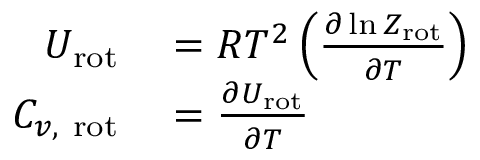
\begin{array} { r l } { U _ { \mathrm { r o t } } } & { { } = R T ^ { 2 } \left( { \frac { \partial \ln Z _ { \mathrm { r o t } } } { \partial T } } \right) } \\ { C _ { v , { \mathrm { ~ r o t } } } } & { { } = { \frac { \partial U _ { \mathrm { r o t } } } { \partial T } } } \end{array}